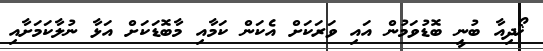
ޚޯދިއާ ބުނީ ބޮޑުވަމުން އައި ވަރަކަށް އެކަން ކަމާއި މާބޮޑަކަށް އަޅާ ނުލާކަމަށާއި